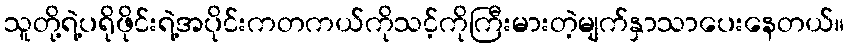
သူတို့ရဲ့ပရိုဖိုင်းရဲ့အပိုင်းကတကယ်ကိုသင့်ကိုကြီးမားတဲ့မျက်နှာသာပေးနေတယ်။